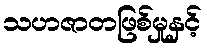
သဟဇာတဖြစ်မှုနှင့်